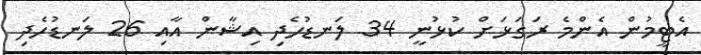
އެޓީމުން އެންމެ ރަގަޅަށް ކުޅުނީ 34 ލަނޑުހެދި އިޝާން އާއި 26 ލަނޑުހެދި